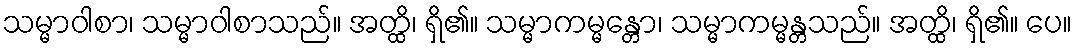
သမ္မာဝါစာ၊ သမ္မာဝါစာသည်။ အတ္ထိ၊ ရှိ၏။ သမ္မာကမ္မန္တော၊ သမ္မာကမ္မန္တသည်။ အတ္ထိ၊ ရှိ၏။ ပေ။